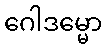
ဂေါဒမ္မော